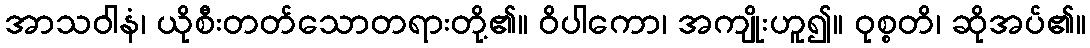
အာသဝါနံ၊ ယိုစီးတတ်သောတရားတို့၏။ ဝိပါကော၊ အကျိုးဟူ၍။ ဝုစ္စတိ၊ ဆိုအပ်၏။